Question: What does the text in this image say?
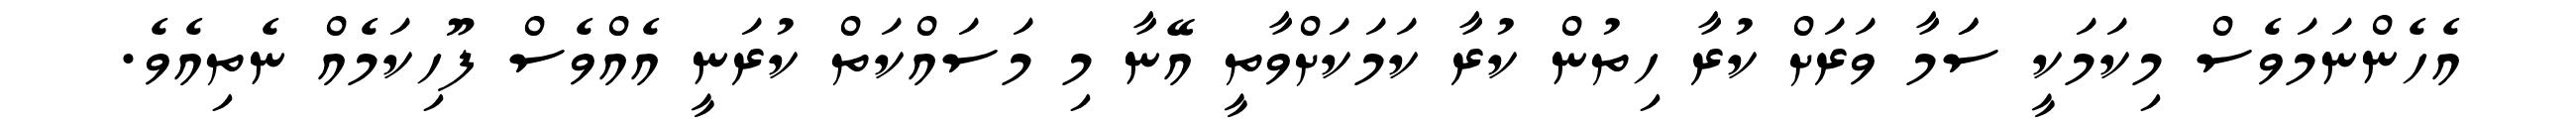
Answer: އެހެންނަމަވެސް މިކަމަކީ ސަަމާ ވަރަށް ކުރާ ހިތުން ކުރާ ކަމަކަށްވާތީ އޭނާ މި މަސައްކަތް ކުރަނީ އެއްވެސް ފޫހިކަމެއް ނެތިއެވެ.